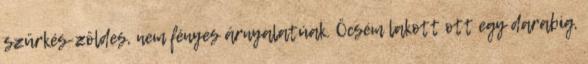
szürkés-zöldes, nem fényes árnyalatúak. Öcsém lakott ott egy darabig,